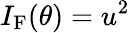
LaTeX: I_{\mathrm{F}}(\theta)=u^{2}